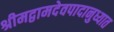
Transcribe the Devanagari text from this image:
श्रीमद्वामदेवपादानुध्यात